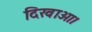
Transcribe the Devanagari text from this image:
दिखाओ।